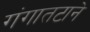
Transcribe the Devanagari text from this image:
गंगातटाने